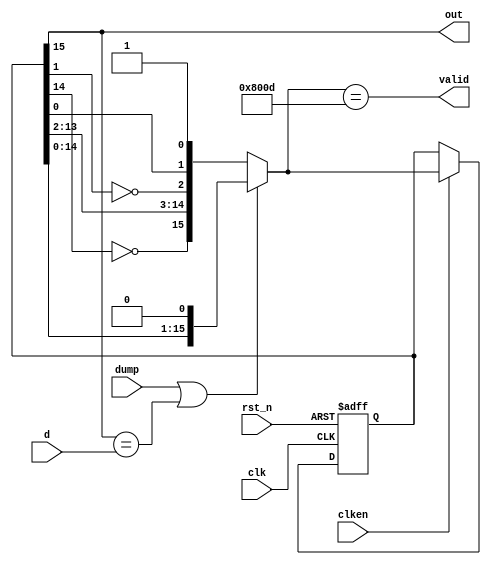
module usb_crc16(
    input rst_n,
    input clk,
    input clken,
    input d,
    input dump,
    output out,
    output valid
    );
reg[15:0] r;
reg[15:0] next;
assign out = r[15];
assign valid = (next == 16'b1000000000001101);
always @(*) begin
    if (dump || out == d)
        next = { r[14:0], 1'b0 };
    else
        next = { !r[14], r[13:2], !r[1], r[0], 1'b1 };
end
always @(posedge clk or negedge rst_n) begin
    if (!rst_n) begin
        r <= 16'hffff;
    end else if (clken) begin
        r <= next;
    end
end
endmodule